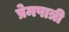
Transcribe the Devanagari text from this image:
प्रेमपात्री